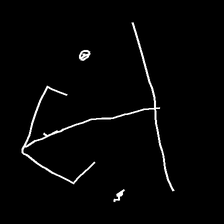
Glyph: earth